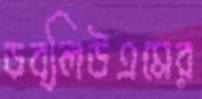
ডব্লিউএমের